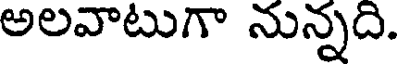
అలవాటుగా నున్నది.